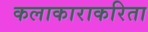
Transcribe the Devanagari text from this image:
कलाकाराकरिता